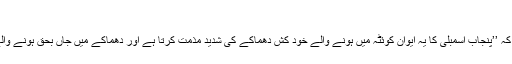
(خبر جاری ہے)
جمع کروائی جانے والی قرارداد میں کہاگیا ہے کہ ’’پنجاب اسمبلی کا یہ ایوان کوئٹہ میں ہونے والے خود کش دھماکے کی شدید مذمت کرتا ہے اور دھماکے میں جاں بحق ہونے والے افراد کے اہل خانہ سے دلی تعزیت کرتا ہے۔